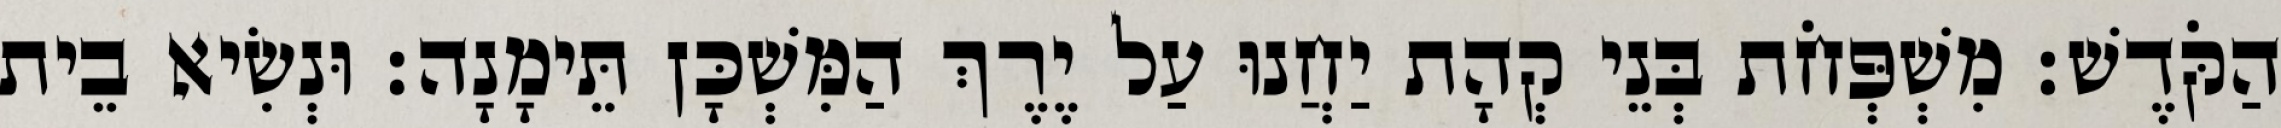
הַקֹּדֶשׁ׃ מִשְׁפְּחֹת בְּנֵי קְהָת יַחֲנוּ עַל יֶרֶךְ הַמִּשְׁכָּן תֵּימָנָה׃ וּנְשִׂיא בֵית